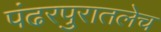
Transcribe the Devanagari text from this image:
पंढरपुरातलेच